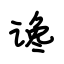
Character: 谗